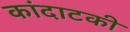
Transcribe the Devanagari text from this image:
कांदाटकी